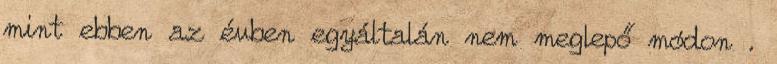
mint ebben az évben egyáltalán nem meglepő módon .